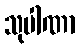
သုပါဏာ